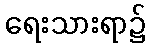
ရေးသားရာ၌